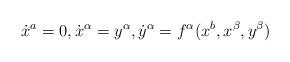
LaTeX: \begin{align*}\dot{x}^a=0,\dot{x}^\alpha=y^\alpha,\dot{y}^\alpha=f^\alpha(x^b,x^\beta,y^\beta)\end{align*}